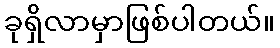
ခုရှိလာမှာဖြစ်ပါတယ်။